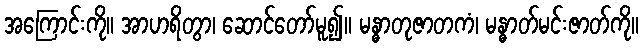
အကြောင်းကို။ အာဟရိတွာ၊ ဆောင်တော်မူ၍။ မန္ဓာတုဇာတကံ၊ မန္ဓာတ်မင်းဇာတ်ကို။